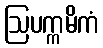
ဩပက္ကမိကံ